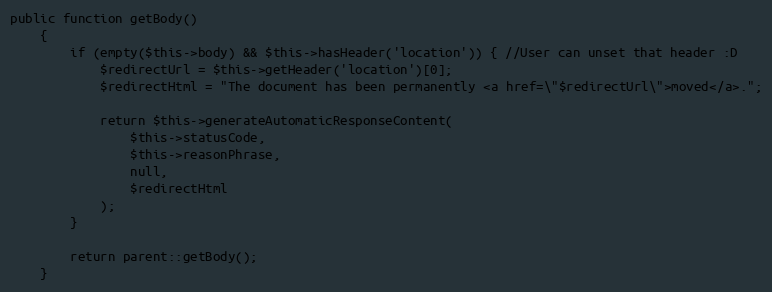
Language: PHP
public function getBody()
    {
        if (empty($this->body) && $this->hasHeader('location')) { //User can unset that header :D
            $redirectUrl = $this->getHeader('location')[0];
            $redirectHtml = "The document has been permanently <a href=\"$redirectUrl\">moved</a>.";

            return $this->generateAutomaticResponseContent(
                $this->statusCode,
                $this->reasonPhrase,
                null,
                $redirectHtml
            );
        }

        return parent::getBody();
    }